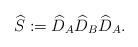
LaTeX: \begin{align*}\widehat S:=\widehat D_A\widehat D_B\widehat D_A.\end{align*}